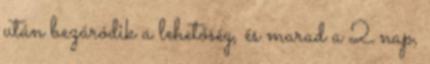
után bezáródik a lehetőség, és marad a 2 nap,